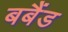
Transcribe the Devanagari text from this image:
बबैंड